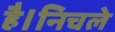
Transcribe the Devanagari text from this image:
है।निचले